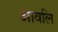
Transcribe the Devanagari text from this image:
आवलि